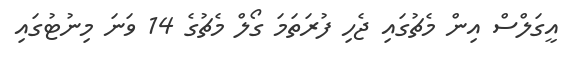
އީގަލްސް އިން މެޗުގައި ޖެހި ފުރަތަަމަ ގޯލް މެޗުގެ 14 ވަނަ މިނުޓުގައި